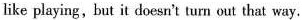
like playing,but it doesn't turn out that way.